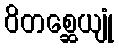
ဝိတစ္ဆေယျုံ